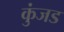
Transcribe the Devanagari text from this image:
कुंजड